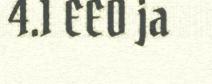
4.1 EEO ja